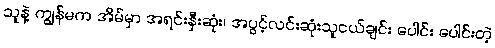
သူနဲ့ ကျွန်မက အိမ်မှာ အရင်းနှီးဆုံး၊ အပွင့်လင်းဆုံးသူငယ်ချင်း ပေါင်း ပေါင်းတဲ့